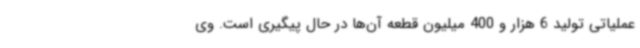
عملیاتی تولید 6 هزار و 400 میلیون قطعه آن‌ها در حال پیگیری است. وی